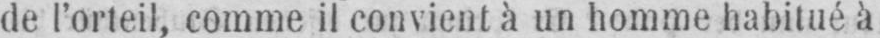
de l’orteil, comme il convient à un homme habitué à